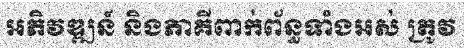
អភិវឌ្ឍន៍ និងភាគីពាក់ព័ន្ធទាំងអស់ ត្រូវ